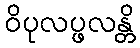
ဝိပုလပ္ဖလန္တိ